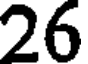
26